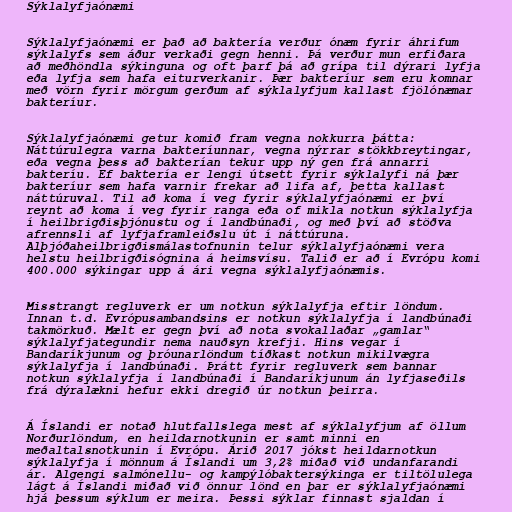
Sýklalyfjaónæmi

Sýklalyfjaónæmi er það að baktería verður ónæm fyrir áhrifum
sýklalyfs sem áður verkaði gegn henni. Þá verður mun erfiðara
að meðhöndla sýkinguna og oft þarf þá að grípa til dýrari lyfja
eða lyfja sem hafa eiturverkanir. Þær bakteríur sem eru komnar
með vörn fyrir mörgum gerðum af sýklalyfjum kallast fjölónæmar
bakteríur.

Sýklalyfjaónæmi getur komið fram vegna nokkurra þátta:
Náttúrulegra varna bakteríunnar, vegna nýrrar stökkbreytingar,
eða vegna þess að bakterían tekur upp ný gen frá annarri
bakteríu. Ef baktería er lengi útsett fyrir sýklalyfi ná þær
bakteríur sem hafa varnir frekar að lifa af, þetta kallast
náttúruval. Til að koma í veg fyrir sýklalyfjaónæmi er því
reynt að koma í veg fyrir ranga eða of mikla notkun sýklalyfja
í heilbrigðisþjónustu og í landbúnaði, og með því að stöðva
afrennsli af lyfjaframleiðslu út í náttúruna.
Alþjóðaheilbrigðismálastofnunin telur sýklalyfjaónæmi vera
helstu heilbrigðisógnina á heimsvísu. Talið er að í Evrópu komi
400.000 sýkingar upp á ári vegna sýklalyfjaónæmis.

Misstrangt regluverk er um notkun sýklalyfja eftir löndum.
Innan t.d. Evrópusambandsins er notkun sýklalyfja í landbúnaði
takmörkuð. Mælt er gegn því að nota svokallaðar „gamlar“
sýklalyfjategundir nema nauðsyn krefji. Hins vegar í
Bandaríkjunum og þróunarlöndum tíðkast notkun mikilvægra
sýklalyfja í landbúnaði. Þrátt fyrir regluverk sem bannar
notkun sýklalyfja í landbúnaði í Bandaríkjunum án lyfjaseðils
frá dýralækni hefur ekki dregið úr notkun þeirra.

Á Íslandi er notað hlutfallslega mest af sýklalyfjum af öllum
Norðurlöndum, en heildarnotkunin er samt minni en
meðaltalsnotkunin í Evrópu. Árið 2017 jókst heildarnotkun
sýklalyfja í mönnum á Íslandi um 3,2% miðað við undanfarandi
ár. Algengi salmónellu- og kampýlóbaktersýkinga er tiltölulega
lágt á Íslandi miðað við önnur lönd en þar er sýklalyfjaónæmi
hjá þessum sýklum er meira. Þessi sýklar finnast sjaldan í